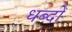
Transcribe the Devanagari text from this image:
धब्दों